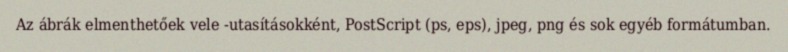
Az ábrák elmenthetőek vele -utasításokként, PostScript (ps, eps), jpeg, png és sok egyéb formátumban.